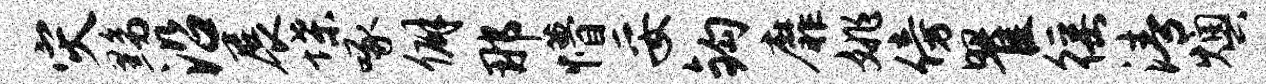
灾黝沿展堞啄僻那懵妥钩靡姚傍瞿徭清燠